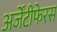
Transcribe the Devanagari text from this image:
अर्जेंटीफेरस